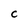
Character: c